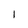
Character: 1